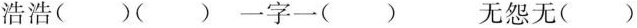
浩浩()()一字一() 无怨无()